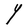
Character: Y